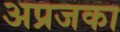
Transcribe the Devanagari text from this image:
अप्रजका